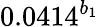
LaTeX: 0.0414^{b_{1}}